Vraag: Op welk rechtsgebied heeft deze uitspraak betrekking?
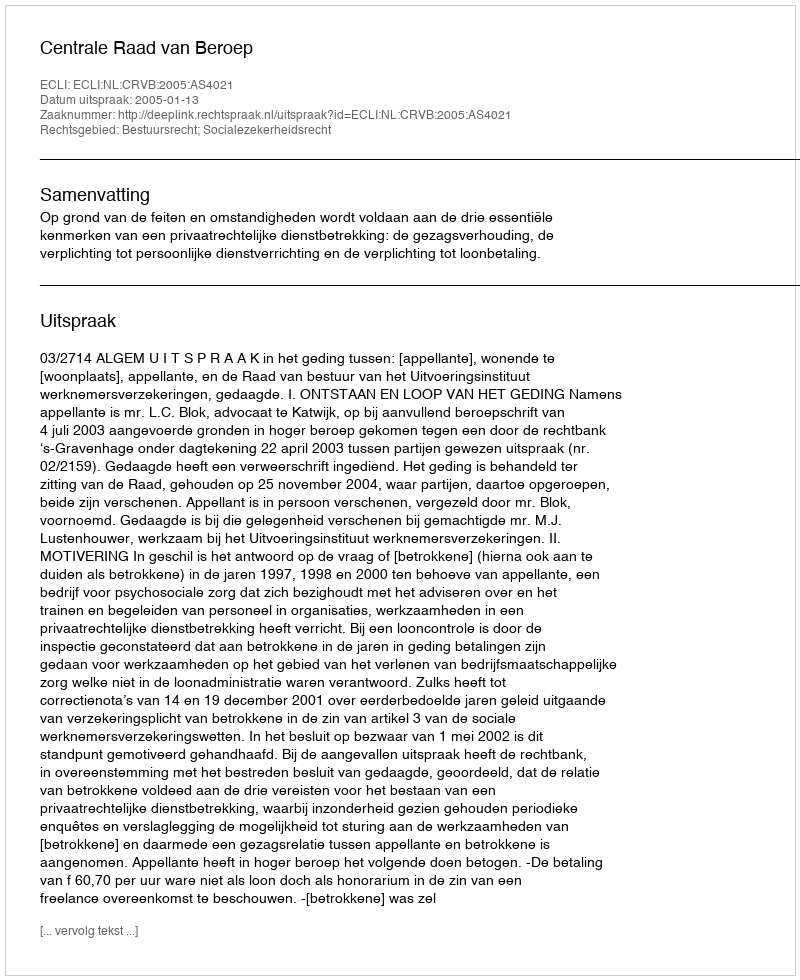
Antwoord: Bestuursrecht; Socialezekerheidsrecht